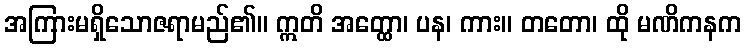
အကြားမရှိသောဇရာမည်၏။ ဣတိ အတ္ထော၊ ပန၊ ကား။ တတော၊ ထို မဏိကနက